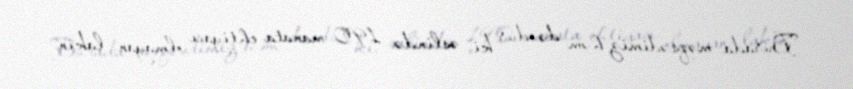
Burada məqsədimiz həm də odur ki, əslində 190 manata ehtiyacı olmayan, lakin